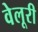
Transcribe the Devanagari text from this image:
वेलूरी